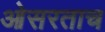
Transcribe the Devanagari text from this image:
ओसरताच